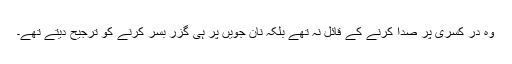
وہ در کسریٰ پر صدا کرنے کے قائل نہ تھے بلکہ نان جویں پر ہی گزر بسر کرنے کو ترجیح دیتے تھے۔